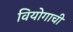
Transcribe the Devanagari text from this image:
वियोगाची